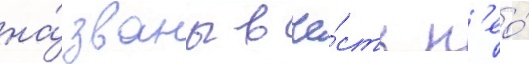
на́званы в че́сть н'ео́